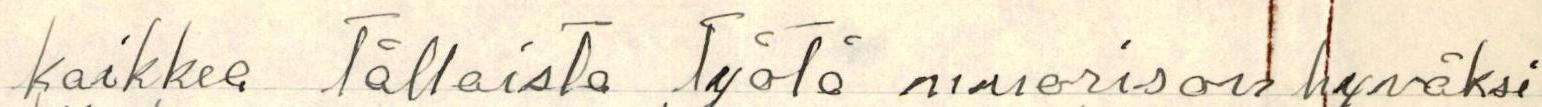
kaikkea tällaista työtä nuorison hyväksi